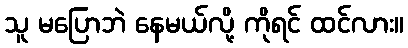
သူ မပြောဘဲ နေမယ်လို့ ကိုရင် ထင်လား။